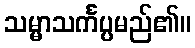
သမ္မာသင်္ကပ္ပမည်၏။